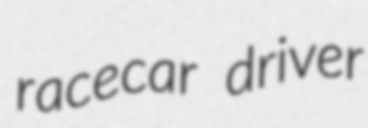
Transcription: racecar driver